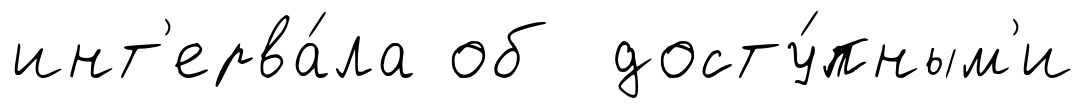
инт'ерва́ла об досту́пным'и